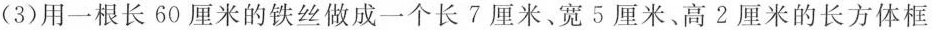
(3)用一根长60厘米的铁丝做成一个长7厘米、宽5厘米、高2厘米的长方体框